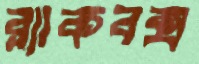
ব্ল্যাকবক্স